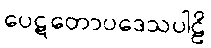
ပေဋတောပဒေသပါဠိ